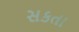
સકતા